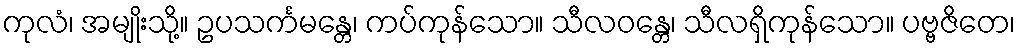
ကုလံ၊ အမျိုးသို့။ ဥပသင်္ကမန္တေ၊ ကပ်ကုန်သော။ သီလဝန္တေ၊ သီလရှိကုန်သော။ ပဗ္ဗဇိတေ၊